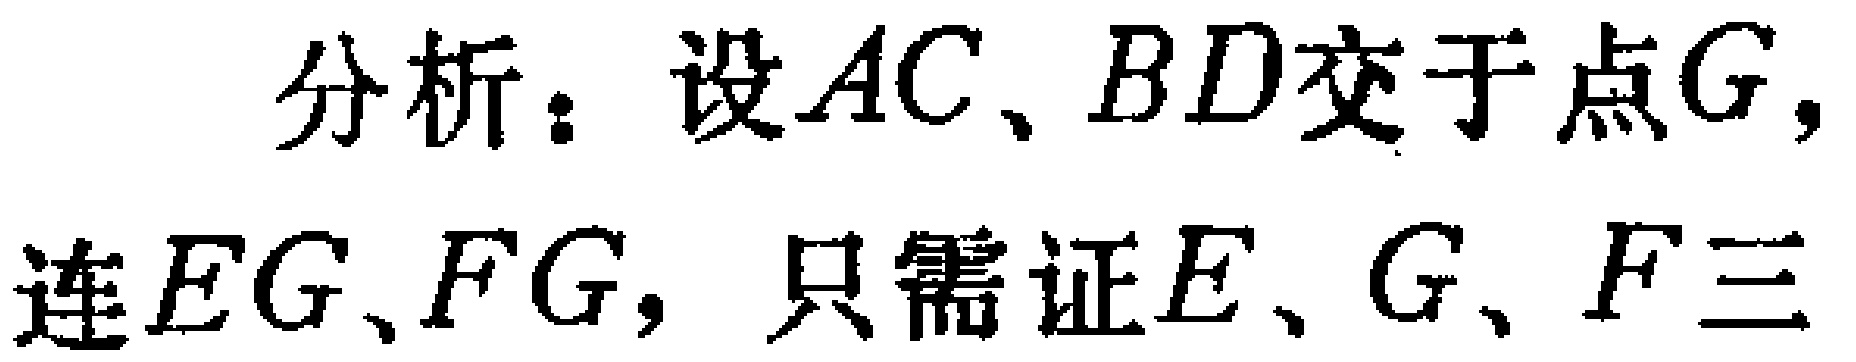
分析：设$AC、BD$交于点$G$，
连$EG、FG$，只需证$E、G、F$三